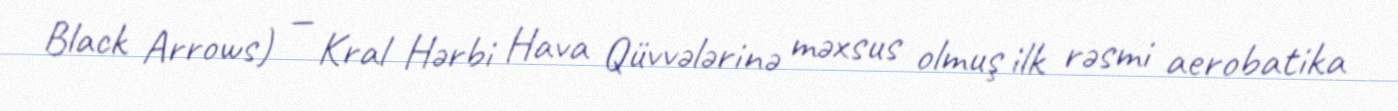
Black Arrows) — Kral Hərbi Hava Qüvvələrinə məxsus olmuş ilk rəsmi aerobatika